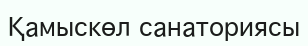
Қамыскөл санаториясы